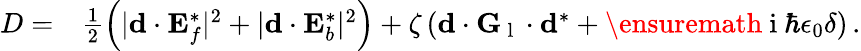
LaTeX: \begin{array}{rl}{D=}&{{}\frac 12\left(|\mathbf{d}\cdot\mathbf{E}_{f}^{*}|^{2}+|\mathbf{d}\cdot\mathbf{E}_{b}^{*}|^{2}\right)+\zeta\left(\mathbf{d}\cdot\mathbf{G}_{\mathrm{~l~}}\cdot\mathbf{d}^{*}+\ensuremath{\mathrm{~i~}}\hbar\epsilon_{0}\delta\right)\, .}\end{array}